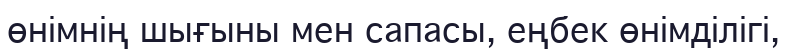
өнімнің шығыны мен сапасы, еңбек өнімділігі,